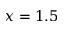
x = 1 . 5